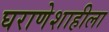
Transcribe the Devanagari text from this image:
घराणेशाहीला